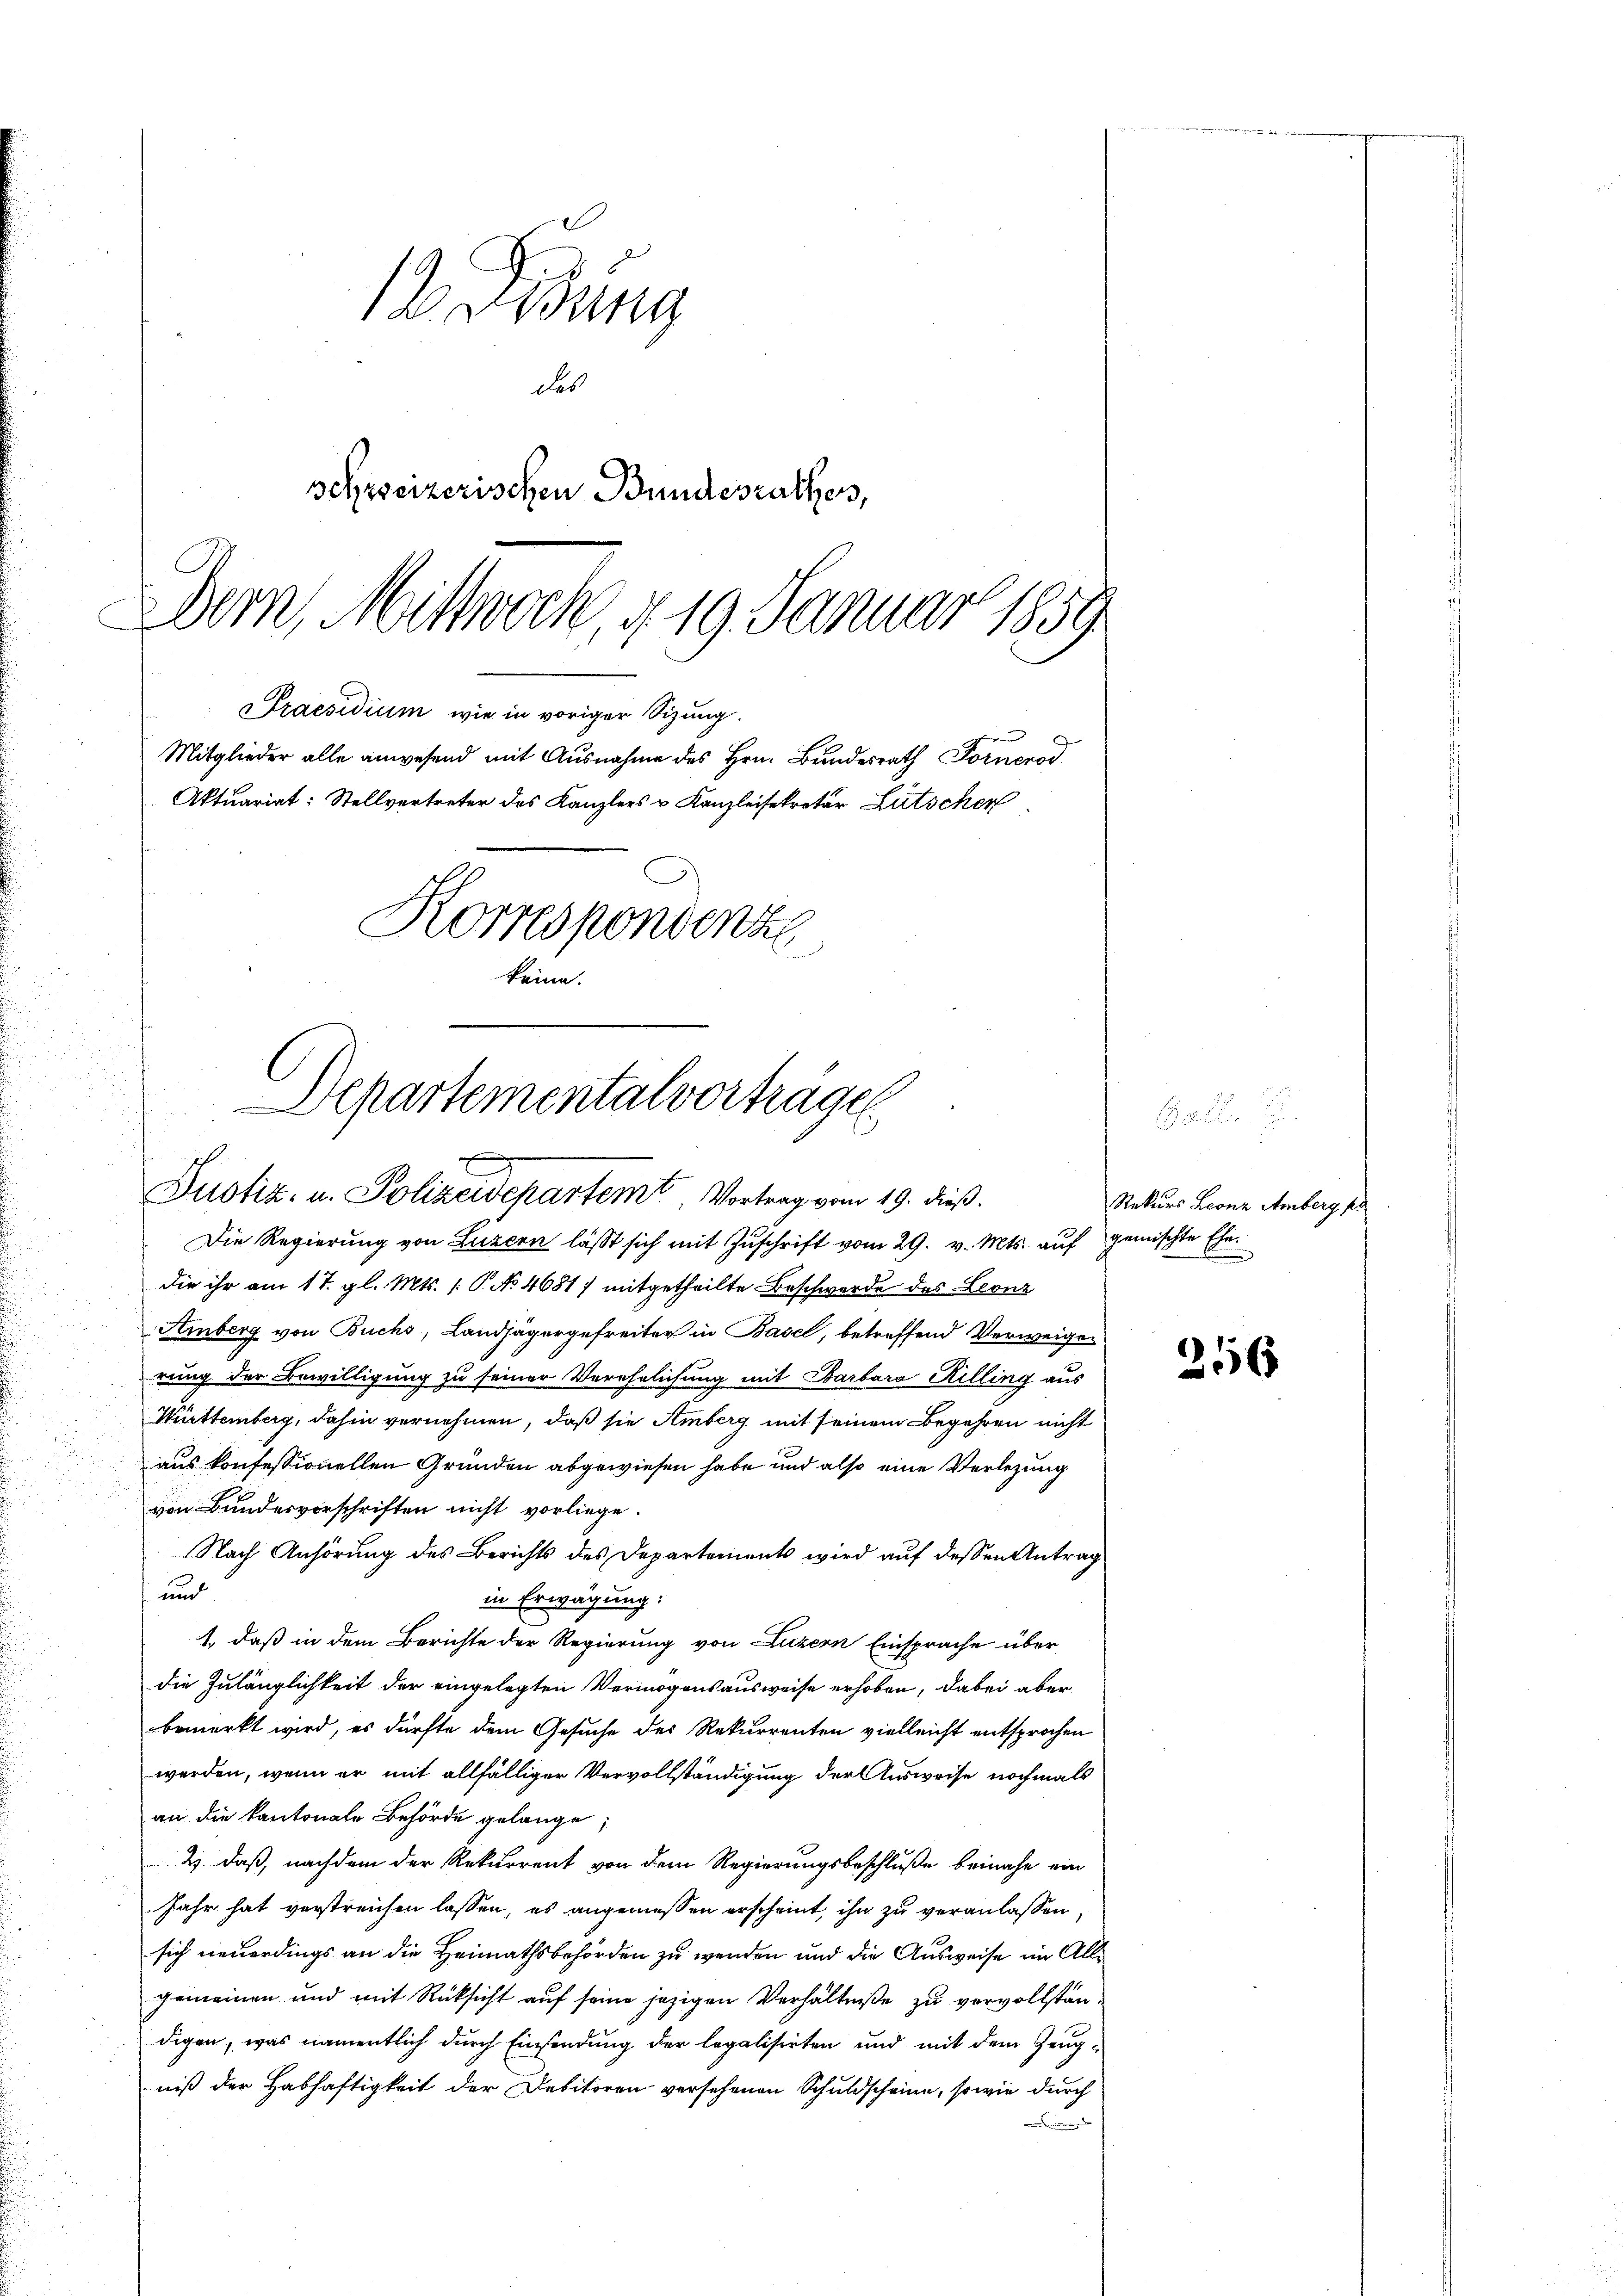
Dern, Mittwoch, d. 19. Januar 1859

d. Bung
das
schweizerischen Bundesrathes,

Praesidium wie in voriger Sizung.
Mitglieder alle anwesend mit Ausnahme des Hrn. Bundesrath Fornerod
Aktuariat: Stellvertreter des Kanzlers u. Kanzleisekretär Lütschen
Korrespondenze
keine.

Departemental vorträgen
.
t
Justiz- u. Polizeidepartem Vortrag vom 19. dieß.

Die Regierung von Luzern läßt sich mit Zuschrift vom 29. v. Mts. auf gemischte Ehe
die ihr am 17. gl. Mts. (: P. No 4681) mitgetheilte Beschwerde des Leonz
Amberg von Buchs, Landjägergefreiter in Basel, betreffend Verweigen
rung der Bewilligung zu seiner Verehelichung mit Barbara Rilling aus
Württemberg, dahin vernehmen, daß sie Amberg mit seinem Begehren nicht
aus konfessionellen Gründen abgewiesen habe und also eine Verlegung
von Bundesverschriften nicht vorliege.
Nach Anhörung des Berichts des Departements wird auf dessen Antrag
 und
in Erwägung:
1., daß in dem Berichte der Regierung von Luzern Einsprache über
die Zulänglichkeit der eingelegten Vermögensausweise erhoben, dabei aber
bemerkt wird, es dürfte dem Gesuche des Rekurrenten vielleicht entsprochen
werden, wenn er mit allfälliger Vervollständigung der Ausweise nochmals
an die kantonale Behörde gelange
2) daß, nachdem der Rekurrent von dem Regierungsbeschluße beinahe ein
Jahr hat verstreichen lassen, es angemessen erscheint, ihn zu veranlassen,
sich neuerdings an die Heimathsbehörden zu wenden und die Ausweise im Allgemeinen und mit Rücksicht auf seine jezigen Verhältniße zu vervollständigen, was namentlich durch Einsendung der legalisirten und mit dem Zeugniß der Habhaftigkeit der Debitoren versehenen Schuldscheine, sowie durch
.

Rekurs Leonz Amberg fr

256